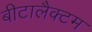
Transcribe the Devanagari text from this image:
बीटालैक्टम